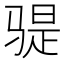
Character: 𫘨